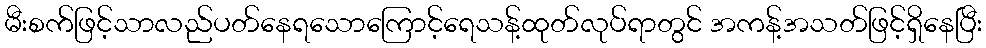
မီးစက်ဖြင့်သာလည်ပတ်နေရသောကြောင့်ရေသန့်ထုတ်လုပ်ရာတွင် အကန့်အသတ်ဖြင့်ရှိနေပြီး